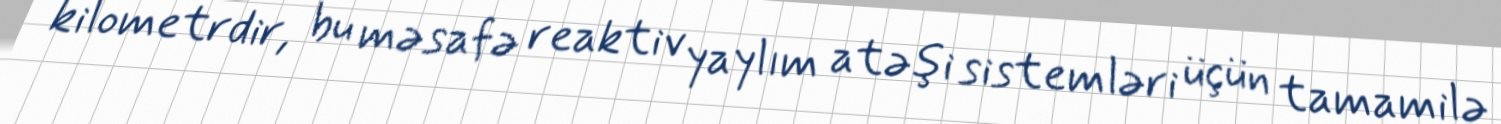
kilometrdir, bu məsafə reaktiv yaylım atəşi sistemləri üçün tamamilə